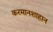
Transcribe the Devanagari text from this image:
करमानशाहान